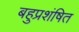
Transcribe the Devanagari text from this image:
बहुप्रशंषित